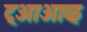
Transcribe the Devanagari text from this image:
ट्आआळ्